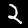
Label: 2